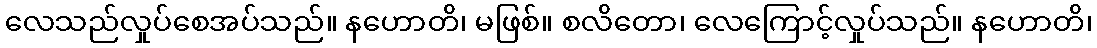
လေသည်လှုပ်စေအပ်သည်။ နဟောတိ၊ မဖြစ်။ စလိတော၊ လေကြောင့်လှုပ်သည်။ နဟောတိ၊